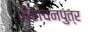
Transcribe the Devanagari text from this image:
विरोचनपुत्र